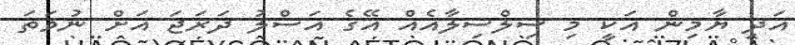
އަދި ޔާމިން އަކީ މި ސިލްސިލާއެއް އޭގެ އަސްލު ދަރަޖަ އަށް ނުވަތަ